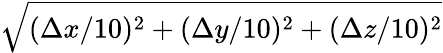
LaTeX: \sqrt{(\Delta x/10)^{2}+(\Delta y/10)^{2}+(\Delta z/10)^{2}}